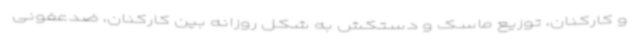
و کارکنان، توزیع ماسک و دستکش به شکل روزانه بین کارکنان، ضدعفونی